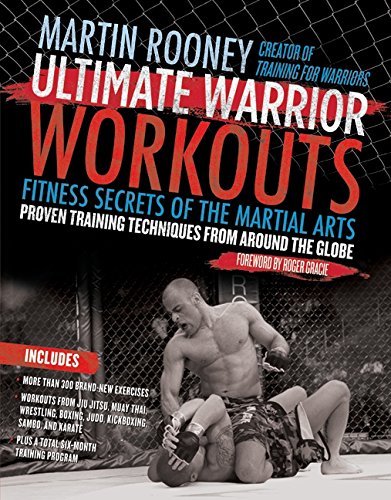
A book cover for Ultimate Warrior Workouts (Training for Warriors): Fitness Secrets of the Martial Arts; Martin Rooney; Sports & Outdoors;